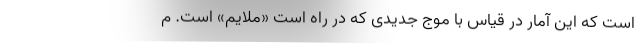
است که این آمار در قیاس با موج جدیدی که در راه است «ملایم» است. م